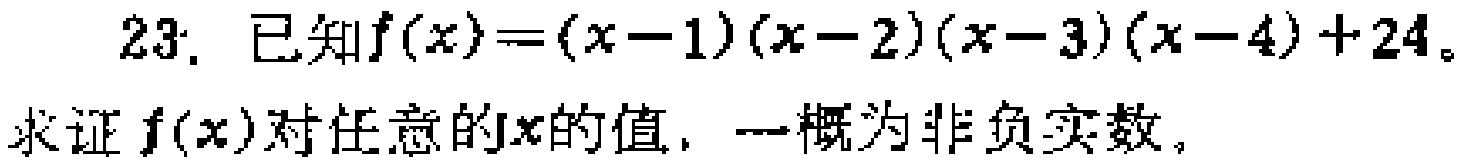
23. 已知\(f(x)=(x - 1)(x - 2)(x - 3)(x - 4)+24\)。
求证\(f(x)\)对任意的\(x\)的值，一概为非负实数。